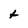
Character: t